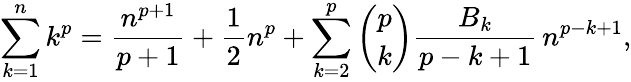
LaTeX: \sum_{k=1}^{n}k^{p}={\frac{n^{p+1}}{p+1}}+{\frac{1}{2}}n^{p}+\sum_{k=2}^{p}{\binom{p}{k}}{\frac{B_{k}}{p-k+1}}\, n^{p-k+1},